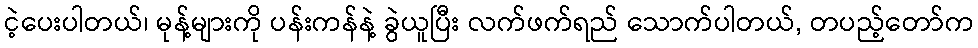
ငဲ့ပေးပါတယ်၊ မုန့်များကို ပန်းကန်နဲ့ ခွဲယူပြီး လက်ဖက်ရည် သောက်ပါတယ်, တပည့်တော်က